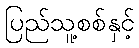
ပြည်သူ့စစ်နှင့်